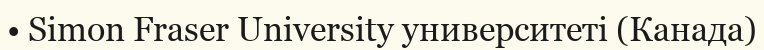
• Simon Fraser University университеті (Канада)